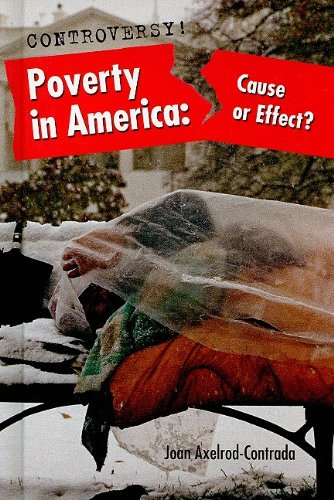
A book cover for Poverty in America: Cause or Effect? (Controversy!); Joan Axelrod-Contrada; Teen & Young Adult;